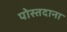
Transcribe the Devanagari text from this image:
पोस्तदाना